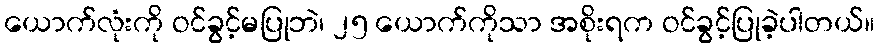
ယောက်လုံးကို ဝင်ခွင့်မပြုဘဲ၊ ၂၅ ယောက်ကိုသာ အစိုးရက ဝင်ခွင့်ပြုခဲ့ပါတယ်။